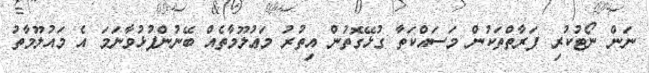
ނަން ނޯޓުކުރި ފަރާތްތަކުން މަސައްކަތާ ގުޅޭގޮތުން އިތުރު މަޢުލޫމާތެއް ބޭނުންފުޅުވާނަމަ އެ މައުލޫމާތު